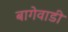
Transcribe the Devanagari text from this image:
बागेवाडी